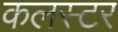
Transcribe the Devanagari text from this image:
कलस्टर